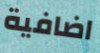
اضافية